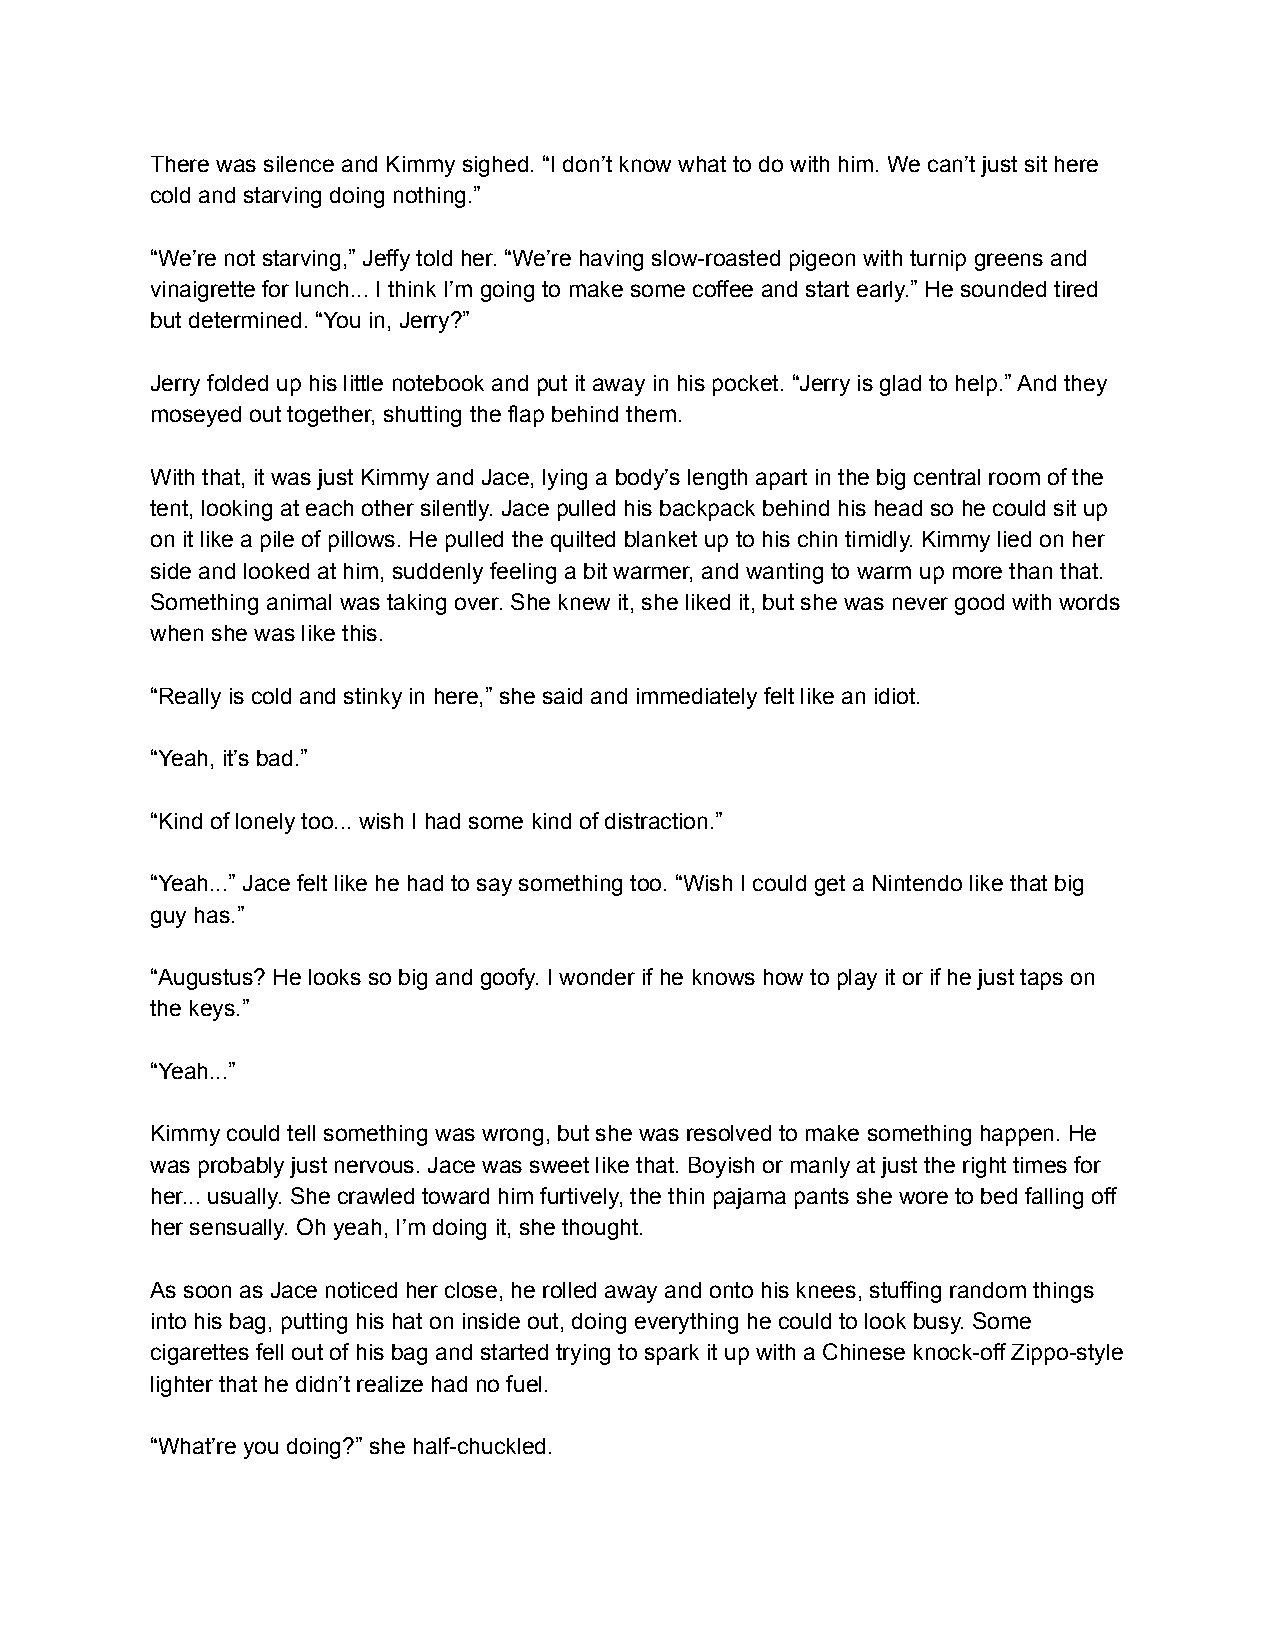
There was silence and Kimmy sighed. “I don’t know what to do with him. We can’t just sit here
 cold and starving doing nothing.”
 “We’re not starving,” Jeffy told her. “We’re having slow-roasted pigeon with turnip greens and
 vinaigrette for lunch... I think I’m going to make some coffee and start early.” He sounded tired
 but determined. “You in, Jerry?”
 Jerry folded up his little notebook and put it away in his pocket. “Jerry is glad to help.” And they
 moseyed out together, shutting the flap behind them.
 With that, it was just Kimmy and Jace, lying a body’s length apart in the big central room of the
 tent, looking at each other silently. Jace pulled his backpack behind his head so he could sit up
 on it like a pile of pillows. He pulled the quilted blanket up to his chin timidly. Kimmy lied on her
 side and looked at him, suddenly feeling a bit warmer, and wanting to warm up more than that.
 Something animal was taking over. She knew it, she liked it, but she was never good with words
 when she was like this.
 “Really is cold and stinky in here,” she said and immediately felt like an idiot.
 “Yeah, it’s bad.”
 “Kind of lonely too... wish I had some kind of distraction.”
 “Yeah...” Jace felt like he had to say something too. “Wish I could get a Nintendo like that big
 guy has.”
 “Augustus? He looks so big and goofy. I wonder if he knows how to play it or if he just taps on
 the keys.”
 “Yeah...”
 Kimmy could tell something was wrong, but she was resolved to make something happen. He
 was probably just nervous. Jace was sweet like that. Boyish or manly at just the right times for
 her... usually. She crawled toward him furtively, the thin pajama pants she wore to bed falling off
 her sensually. Oh yeah, I’m doing it, she thought.
 As soon as Jace noticed her close, he rolled away and onto his knees, stuffing random things
 into his bag, putting his hat on inside out, doing everything he could to look busy. Some
 cigarettes fell out of his bag and started trying to spark it up with a Chinese knock-off Zippo-style
 lighter that he didn’t realize had no fuel.
 “What’re you doing?” she half-chuckled.